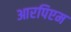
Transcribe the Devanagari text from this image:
आरपिएम